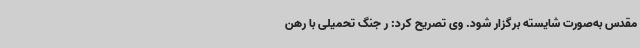
مقدس به‌صورت شایسته برگزار شود. وی تصریح کرد: ر جنگ تحمیلی با رهن